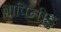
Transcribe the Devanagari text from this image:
बापिनीडु